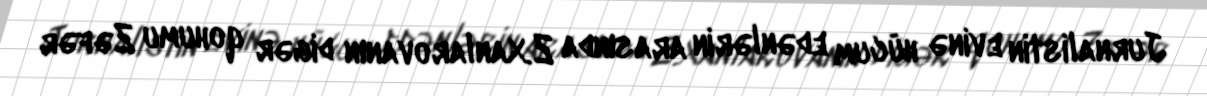
Jurnalistin evinə hücum edənlərin arasında Z.Xanlarovanın digər qohumu Zəfər